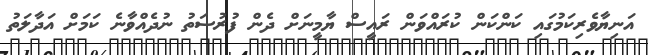
އަނިޔާވެރިކަމުގައި ކަންކަން ކުރައްވަން ރައީސް ޔާމީނަށް ދެން ފުރުސަތު ނުދެއްވާނެ ކަމަށް އަދާލަތު